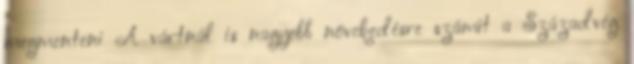
megmenteni A vártnál is nagyobb növekedésre számít a Századvég